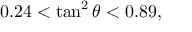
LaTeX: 0 . 2 4 < \tan ^ { 2 } \theta < 0 . 8 9 ,